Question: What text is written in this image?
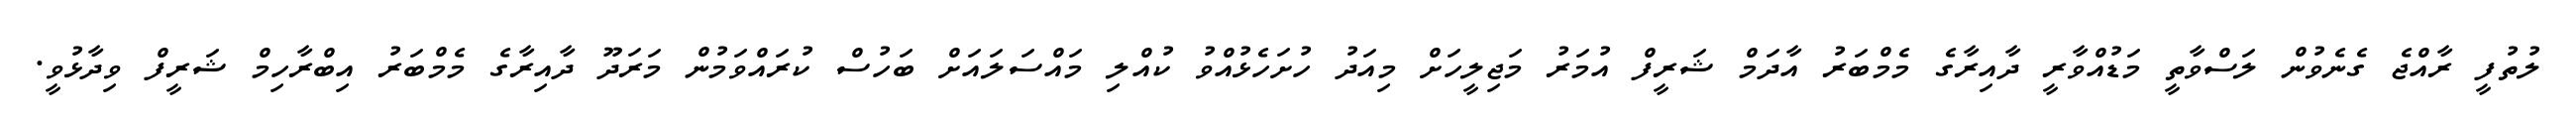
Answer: ލުތުފީ ރާއްޖެ ގެނެވުން ލަސްވާތީ މަޑުއްވާރީ ދާއިރާގެ މެމްބަރު އާދަމް ޝަރީފް އުމަރު މަޖިލީހަށް މިއަދު ހުށަހެޅުއްވު ކުއްލި މައްސަލައަށް ބަހުސް ކުރައްވަމުން މަރަދޫ ދާއިރާގެ މެމްބަރު އިބްރާހިމް ޝަރީފް ވިދާޅުވީ.